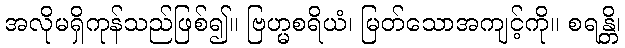
အလိုမရှိကုန်သည်ဖြစ်၍။ ဗြဟ္မစရိယံ၊ မြတ်သောအကျင့်ကို။ စရန္တိ၊